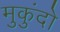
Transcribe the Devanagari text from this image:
मुकुंदो